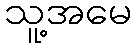
သူ့အမေ